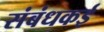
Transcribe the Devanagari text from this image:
संबंधकई